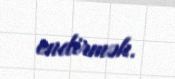
endirmək.